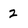
Character: 2